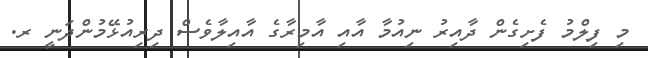
މި ފިލްމު ފެށިގެން ދާއިރު ނިއުމާ އާއި އާމިރާގެ އާއިލާވެސް ދިރިއުޅޭމުންދަނީ ރ.